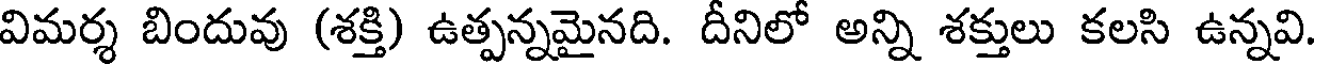
విమర్శ బిందువు (శక్తి) ఉత్పన్నమైనది. దీనిలో అన్ని శక్తులు కలసి ఉన్నవి